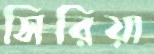
সিরিয়া